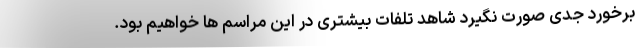
برخورد جدی صورت نگیرد شاهد تلفات بیشتری در این مراسم ها خواهیم بود.